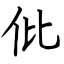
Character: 仳